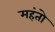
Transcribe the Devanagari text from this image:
महंतो